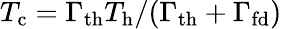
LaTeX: T_{\mathrm{c}}=\Gamma_{\mathrm{th}}T_{\mathrm{h}}/(\Gamma_{\mathrm{th}}+\Gamma_{\mathrm{fd}})